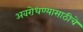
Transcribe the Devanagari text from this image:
अवरोधण्यासाठीचे